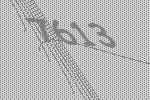
7613